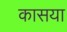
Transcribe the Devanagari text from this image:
कासया